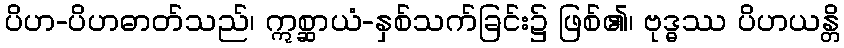
ပိဟ-ပိဟဓာတ်သည်၊ ဣစ္ဆာယံ-နှစ်သက်ခြင်း၌ ဖြစ်၏၊ ဗုဒ္ဓဿ ပိဟယန္တိ